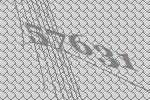
57631